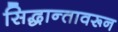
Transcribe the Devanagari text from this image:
सिद्धान्तावरून